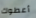
أعطوك